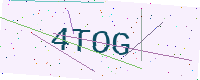
Text: 4TOG